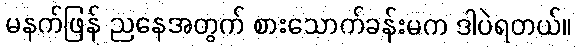
မနက်ဖြန် ညနေအတွက် စားသောက်ခန်းမက ဒါပဲရတယ်။